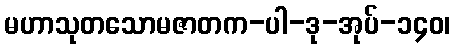
မဟာသုတသောမဇာတက-ပါ-ဒု-အုပ်-၁၄၀၊